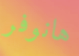
هانوفر